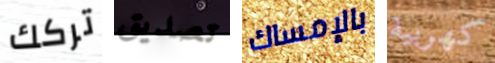
تركك تصديق بالإمساك كهربية